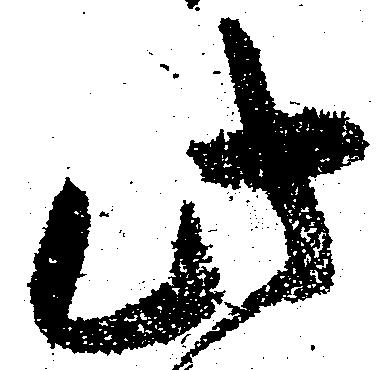
此